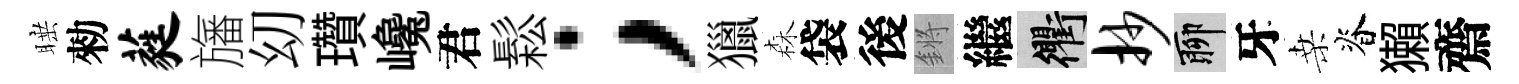
睡勑蕤旛㓜瓚巉君鬆；獵森袋後鏘繼衢抄聊牙桑脊獺齋